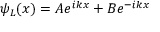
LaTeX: \psi _ { L } ( x ) = A e ^ { i k x } + B e ^ { - i k x }